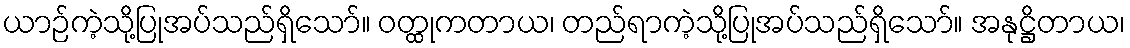
ယာဉ်ကဲ့သို့ပြုအပ်သည်ရှိသော်။ ဝတ္ထုကတာယ၊ တည်ရာကဲ့သို့ပြုအပ်သည်ရှိသော်။ အနုဋ္ဌိတာယ၊